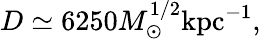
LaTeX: D\simeq 6250M_{\odot}^{1/2}\mathrm{kpc}^{-1},